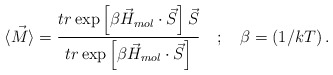
\begin{align*}\langle \vec{M}\rangle =\frac{tr\exp\left[ \beta \vec{H}_{mol}\cdot \vec{S}\right]\vec{S}}{ tr\exp \left[ \beta\vec{H}_{mol}\cdot \vec{S}\right] } \quad;\quad\beta =(1/kT)\, .\end{align*}